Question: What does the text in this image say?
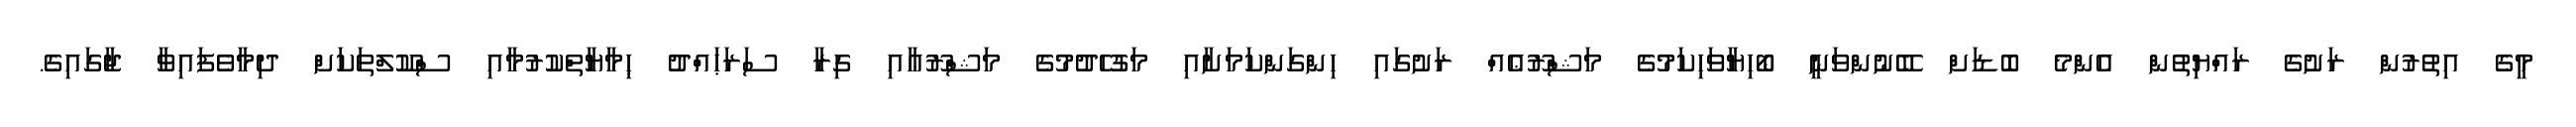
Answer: މީގެ އިތުރުން ރަށުގެ ރައްޔިތުން އެންމެ ބޮޑަށް ބޭނުންވަނީ ބޯހިޔާވަހިކަމުގެ މަޝްރޫޢެއް ރަށުގައި ހިންގަންކަމަށާއި މަގުހެދުމުގެ މަޝްރޫޢާއި ގިރާ ސަރަޙައްދު ޙިމާޔާތްކުރުމާއި ސްކޫލްތަކަށް ދިމާވެފައިވާ ޖާގައިގެ.